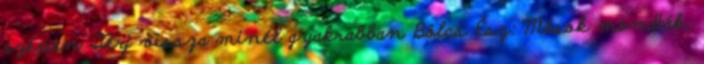
szépen Térj vissza minél gyakrabban Bölcs Ész: Mások mondták,